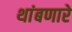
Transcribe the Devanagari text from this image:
थांबणारे